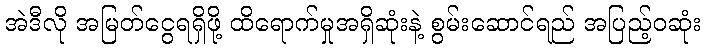
အဲဒီလို အမြတ်ငွေရရှိဖို့ ထိရောက်မှုအရှိဆုံးနဲ့ စွမ်းဆောင်ရည် အပြည့်ဝဆုံး